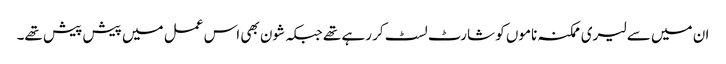
ان میں سے لیری ممکنہ ناموں کو شارٹ لسٹ کر رہے تھے جبکہ شون بھی اس عمل میں پیش پیش تھے۔